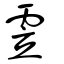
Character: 雴